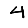
Digit: 4